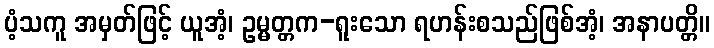
ပံ့သကူ အမှတ်ဖြင့် ယူအံ့၊ ဥမ္မတ္တက-ရူးသော ရဟန်းစသည်ဖြစ်အံ့၊ အနာပတ္တိ။